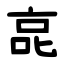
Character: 㖜